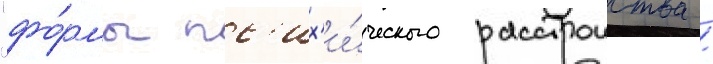
"фо́рмы пс'их'и́ческого расстроиства /